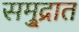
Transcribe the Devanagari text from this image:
समु्द्रात